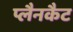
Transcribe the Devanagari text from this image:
प्लैनकैट